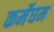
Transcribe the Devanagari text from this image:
कर्मेघम